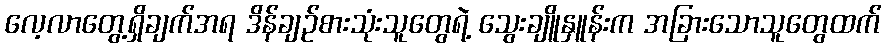
လေ့လာတွေ့ရှိချက်အရ ဒိန်ချဉ်စားသုံးသူတွေရဲ့ သွေးချိူနှူန်းက အခြားသောသူတွေထက်